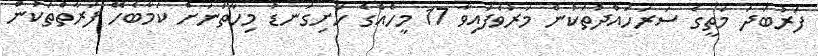
ފަރުބަދަ މަތީގެ ސަރަހައްދުތަކުން މަރުވެފައިވާ 17 މީހެއްގެ ހަށިގަނޑު މިހާތަނަށް ކަމާބެހޭ ފަރާތްތަކުން